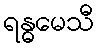
ရန္ဓမေသီ